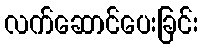
လက်ဆောင်ပေးခြင်း